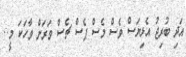
އަދި ބުރިޖު އެޅިޔަސް ވެސް މެސް ޕެސް ޗެސް ވަރަށް ވާހަކަ މީ..